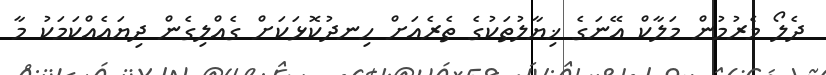
ދެލޯ މެރުމުން މަލާކް އޭނަގެ ޚިޔާލުތަކުގެ ތެރެއަށް ހިނދުކޮޅަކަށް ގެއްލިގެން ދިޔައެއްކަމަކު މާ